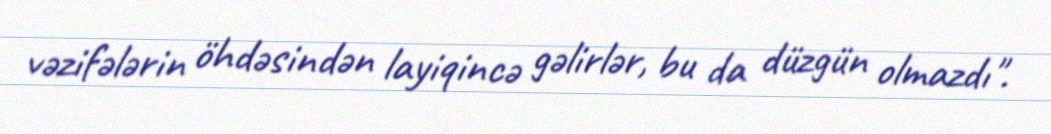
vəzifələrin öhdəsindən layiqincə gəlirlər, bu da düzgün olmazdı".